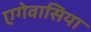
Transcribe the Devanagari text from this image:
एगेवासिया